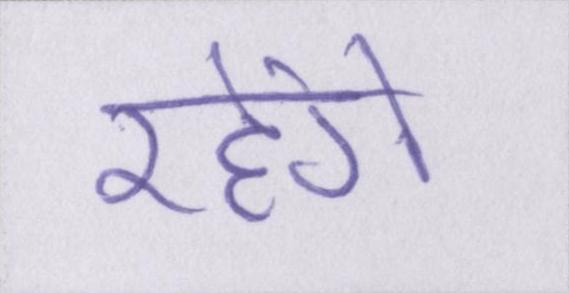
रहेंगे